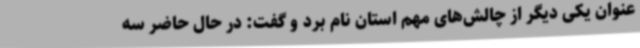
عنوان یکی دیگر از چالش‌های مهم استان نام برد و گفت: در حال حاضر سه